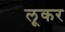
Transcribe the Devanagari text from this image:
लूकर